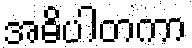
အဓိပါတကာ